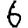
Digit: 6